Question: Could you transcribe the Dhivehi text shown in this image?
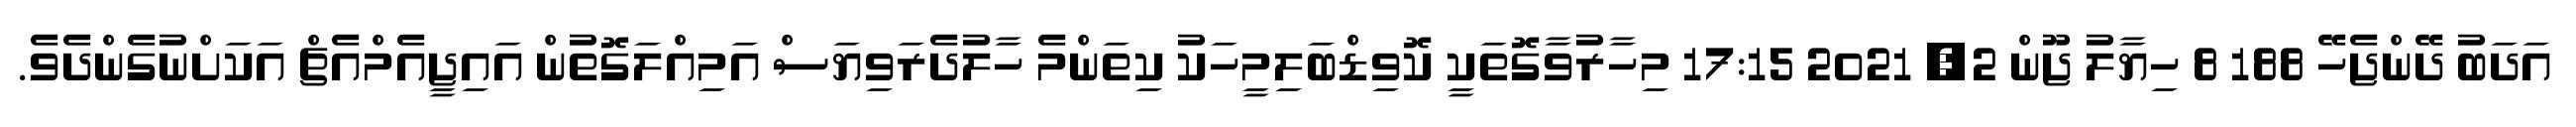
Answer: އަދަބު ދޭންޖެހޭ 188 8 ހިޔާލު ޖޫން 2, 2021 17:15 މިހާރުވާގޮތަކީ ކޮވިޑްބަލިމީހަކު ކިތަންމެ ހާލުދެރަވިޔަސް އަމިއްލަގޮތުން އައިޖީއެމްއެޗް އަކަށްނުގެންދެވެ.